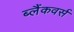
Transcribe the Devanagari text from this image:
ब्लैंकवर्स